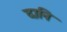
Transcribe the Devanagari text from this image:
दानि